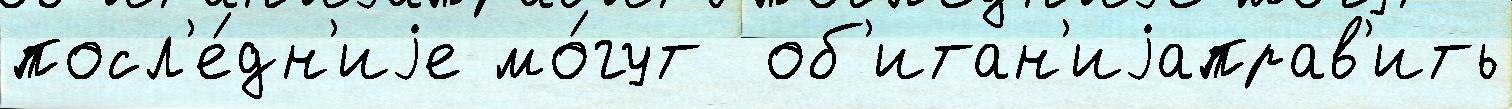
посл'е́дн'иjе мо́гут  об'итан'иjаправ'ить